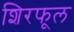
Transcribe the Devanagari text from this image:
शिरफूल